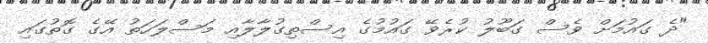
"ދެ ގައުމަށް ވެސް ގަބޫލު ކުރެވޭ ގައުމުގެ އިސްތިގުލާލާއި މަސްލަހަތު އޭގެ ގޮތުގައި